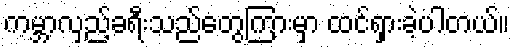
ကမ္ဘာလှည့်ခရီးသည်တွေကြားမှာ ထင်ရှားခဲ့ပါတယ်။